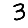
Digit: 3